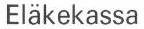
Eläkekassa